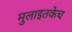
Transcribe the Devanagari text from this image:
मुलाइतकेच